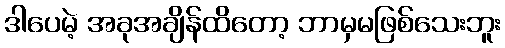
ဒါပေမဲ့ အခုအချိန်ထိတော့ ဘာမှမဖြစ်သေးဘူး